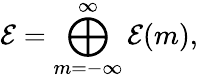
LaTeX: {\cal E}=\bigoplus_{m=-\infty}^{\infty}{\cal E}(m),